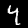
Digit: 4